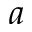
a